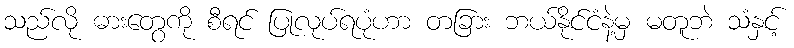
သည်လို ဓားတွေကို စီရင် ပြုလုပ်ရပုံဟာ တခြား ဘယ်နိုင်ငံနဲ့မှ မတူဘဲ သံနှင့်